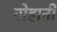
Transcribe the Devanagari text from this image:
नोहानी